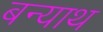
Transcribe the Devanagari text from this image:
बन्याथ